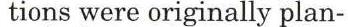
tions were originaliy plan-